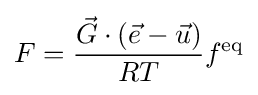
F={\frac {{\vec {G}}\cdot ({\vec {e}}-{\vec {u}})}{RT}}f^{\text{eq}}